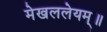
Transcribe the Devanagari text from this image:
मेखललेयम्॥